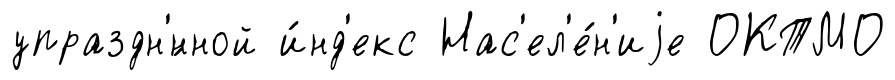
упраздн'́нной и́нд'екс Нас'ел'е́н'иjе ОКТМО